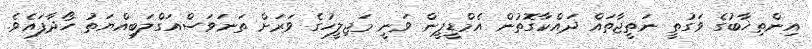
އިންތިޚާބުގެ ވަގުތީ ނަތީޖާތައް ދައްކާގޮތުން އެމްޑީޕީން ވަނީ މަޖިލީހުގެ ވަރަށް ތަނަވަސްއަގްލަބިއްޔަތު ހޯދާފައެވެ.